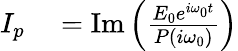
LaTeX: \begin{array}{rl}{I_{p}}&{{}=\operatorname{Im}\left({\frac{E_{0}e^{i\omega_{0}t}}{P(i\omega_{0})}}\right)}\end{array}